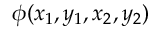
\phi ( x _ { 1 } , y _ { 1 } , x _ { 2 } , y _ { 2 } )